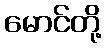
မောင်တို့